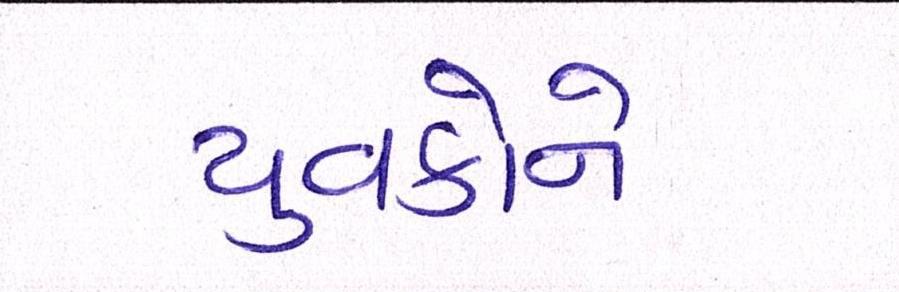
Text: યુવકોને